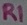
Text: R1